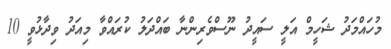
މުހައްމަދު ޝަހީމް އަލީ ސައީދު ނޫސްވެރިންނާ ބައްދަލު ކުރައްވާ މިއަދު ވިދާޅުވީ 10